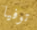
توفيا